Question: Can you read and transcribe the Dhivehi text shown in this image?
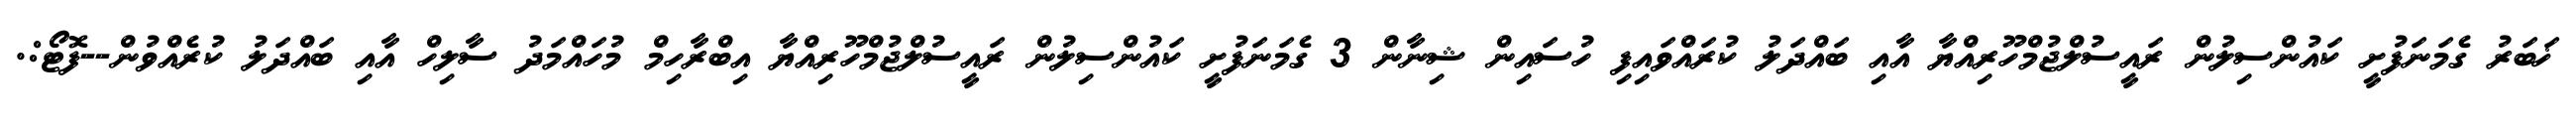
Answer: ޚަބަރު ގެމަނަފުށީ ކައުންސިލުން ރައީސުލްޖުމްހޫރިއްޔާ އާއި ބައްދަލު ކުރައްވައިފި ހުސައިން ޝިނާން 3 ގެމަނަފުށީ ކައުންސިލުން ރައީސުލްޖުމްހޫރިއްޔާ އިބްރާހިމް މުހައްމަދު ސާލިހް އާއި ބައްދަލު ކުރެއްވުން--ފޮޓޯ:.